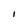
Character: I